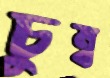
চুম্ব